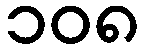
၁၀၈